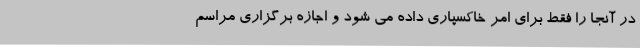
در آنجا را فقط برای امر خاکسپاری داده می شود و اجازه برگزاری مراسم